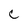
Character: c